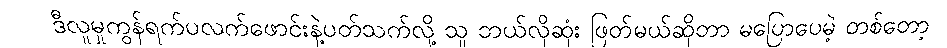
ဒီလူမှုကွန်ရက်ပလက်ဖောင်းနဲ့ပတ်သက်လို့ သူ ဘယ်လိုဆုံး ဖြတ်မယ်ဆိုတာ မပြောပေမဲ့ တစ်တော့